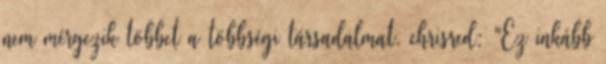
nem mérgezik többet a többségi társadalmat. chrisred: "Ez inkább